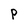
Character: P